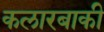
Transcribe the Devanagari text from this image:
कलारबाकी